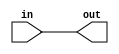
//------------------------------------------------------------------------------
// interface
//------------------------------------------------------------------------------

//------------------------------------------------------------------------------
// LCEL
//------------------------------------------------------------------------------

module myLCEL (in, out);
	input in;
	output out;
	buf ibuf(out, in);
endmodule

//------------------------------------------------------------------------------
// MUX 61x6
//------------------------------------------------------------------------------

module myMUX_16_6 ( select, in0, in1, in2, in3, in4, in5, in6, in7, in8, in9, in10, in11, in12, in13, in14, in15, out );

	input  [3:0]   select;
	input  [6:0]   in0,	 in1,  in2,  in3;
	input  [6:0]   in4,  in5,  in6,  in7;
	input  [6:0]   in8,  in9,  in10, in11;
	input  [6:0]   in12, in13, in14, in15;
	output [6:0]   out;

	reg	[6:0] rout;
	assign out = rout;

always @ (select or in0 or in1 or in2 or in3 or in4 or in5 or in6 or in7 or in8 or in9 or in10 or in11 or in12 or in13 or in14 or in15)
begin
	case (select)
	4'b0000 : 		rout <=  in0;
	4'b0001 : 		rout <=  in1;
	4'b0010 : 		rout <=  in2;
	4'b0011 : 		rout <=  in3;
	4'b0100 : 		rout <=  in4;
	4'b0101 : 		rout <=  in5;
	4'b0110 : 		rout <=  in6;
	4'b0111 : 		rout <=  in7;					
	4'b1000 :		rout <=  in8;
	4'b1001 : 		rout <=  in9;
	4'b1010 : 		rout <=  in10;
	4'b1011 : 		rout <=  in11;
	4'b1100 : 		rout <=  in12;
	4'b1101 : 		rout <=  in13;
	4'b1110 : 		rout <=  in14;
	4'b1111 : 		rout <=  in15;
	default:		rout <=  1'bX;
	endcase
end
endmodule

//------------------------------------------------------------------------------
// MUX 61x1
//------------------------------------------------------------------------------

module myMUX_16_1(select, in, out);
	input [3:0]  select;
	input [15:0] in;
	output 		 out;

	reg	rout;
	assign out = rout;

always @ (select or in)
begin
	case (select)
	4'b0000 : 		rout <=  in[15];
	4'b0001 : 		rout <=  in[14];
	4'b0010 : 		rout <=  in[13];
	4'b0011 : 		rout <=  in[12];
	4'b0100 : 		rout <=  in[11];
	4'b0101 : 		rout <=  in[10];
	4'b0110 : 		rout <=  in[ 9];
	4'b0111 : 		rout <=  in[ 8];					
	4'b1000 :		rout <=  in[ 7];
	4'b1001 : 		rout <=  in[ 6];
	4'b1010 : 		rout <=  in[ 5];
	4'b1011 : 		rout <=  in[ 4];
	4'b1100 : 		rout <=  in[ 3];
	4'b1101 : 		rout <=  in[ 2];
	4'b1110 : 		rout <=  in[ 1];
	4'b1111 : 		rout <=  in[ 0];
	default:		rout <=  1'bX;
	endcase
end
endmodule

//------------------------------------------------------------------------------
// Reversive counter
//------------------------------------------------------------------------------

module myREVCOUNTER( clk, clrn, ena, plus, q );

	parameter WIDTH = 7;

	input	clk;				// clock signal
	input	clrn;				// reset to zero
	input	ena;				// enable counter
	input	plus;				// increase counter

	output	[WIDTH-1:0] q;		// result of counter

	reg	[WIDTH-1:0] cnt;

always @ (posedge clk or negedge clrn) 
begin
	if(~clrn)
		cnt <= 0;
	else if (ena)
		if(plus)
			cnt	<= cnt + 1;
		else
			cnt	<= cnt - 1; 
end

assign	q = cnt;
endmodule

//------------------------------------------------------------------------------
// Fronts extractor
//------------------------------------------------------------------------------

module myFRONTEXTRACTOR (clk, clrn, ena, in, out);

	input	clk;				// clock signal
	input	clrn;				// reset to zero
	input	ena;				// enable counter
	input	in;					// data input
	output	out;				// front output

	reg		[1:0] rise;

always @ (posedge clk or negedge clrn) 
begin
	if(~clrn)
		rise <= 0;
	else if (ena)
		rise <= {rise[0], in};
end

assign out	= rise[1] ^ rise[0];

endmodule

//------------------------------------------------------------------------------
// My non standart trigger
//------------------------------------------------------------------------------

module myDFFE2 (clk, reset, enaA, dataA, enaB, dataB, q);

	input	clk;			// clock
	input	reset;			// reset
	input	enaA;			// enable one
	input	dataA;			// data one
	input	enaB;			// enable two
	input	dataB;			// data two
	output	q;				// result

	reg		mt;				// trigger

always @ (posedge clk or posedge reset) 
begin
	if (reset)
		mt <= 0;
	else if(enaA)
		mt <= dataA;
	else if(enaB)
		mt <= dataB;
end
assign	q = mt;

endmodule

//------------------------------------------------------------------------------
// My non standart trigger
//------------------------------------------------------------------------------

module myDFFE (clk, reset, enaA, dataA, q);

	input	clk;			// clock
	input	reset;			// reset
	input	enaA;			// enable one
	input	dataA;			// data one
	output	q;				// result

	reg		mt;				// trigger

always @ (posedge clk or posedge reset) 
begin
	if (reset)
		mt <= 0;
	else if(enaA)
		mt <= dataA;
end
assign	q = mt;

endmodule

//------------------------------------------------------------------------------
// My non standart trigger
//------------------------------------------------------------------------------

module myDFF (clk, reset, dataA, q);

	input	clk;			// clock
	input	reset;			// reset
	input	dataA;			// data one
	output	q;				// result

	reg		mt;				// trigger

always @ (posedge clk or posedge reset) 
begin
	if (reset)
		mt <= 0;
	else 
		mt <= dataA;
end
assign	q = mt;

endmodule

//------------------------------------------------------------------------------
// My non standart register
//------------------------------------------------------------------------------

module my4BREG (clk, reset, enaA, dataA, q);

	parameter WIDTH=4;

	input	clk;				// clock
	input	reset;				// reset
	input	enaA;				// enable one
	input	[WIDTH-1:0] dataA;	// data one
	output	[WIDTH-1:0] q;		// result

	reg		[WIDTH-1:0] mt;		// trigger

always @ (posedge clk or posedge reset) 
begin
	if (reset)
		mt <= 0;
	else if(enaA)
		mt <= dataA;
end
assign	q = mt;

endmodule

//------------------------------------------------------------------------------
// My non standart noice generator
//------------------------------------------------------------------------------

module myNOISE (clk, reset, enaA, q);

	parameter WIDTH=16;

	input	clk;				// clock
	input	reset;				// reset
	input	enaA;				// enable one
	output	[WIDTH-1:0] q;		// result

	reg		[WIDTH-1:0] mt;		// trigger

always @ (posedge clk or posedge reset) 
begin
	if (reset)
		mt <= 0;
	else if(enaA)
		mt <= {mt[14:0], ((mt[1] ~^ mt[2]) ~^ (mt[15] ~^ mt[4]))};
end
assign	q = mt;

endmodule

//------------------------------------------------------------------------------
// My non standart counter
//------------------------------------------------------------------------------

module my4COUNTER (clk, reset, ena, set, data, q);

	parameter WIDTH=4;

	input	clk;				// clock
	input	reset;				// reset
	input	ena;				// increnment
	input	set;				// enable one
	input	[WIDTH-1:0] data;	// result
	output	[WIDTH-1:0] q;		// result

	reg		[WIDTH-1:0] counter;// trigger

always @ (posedge clk or posedge reset) 
begin
	if(reset)
		counter <= 0;
	else if(set)
		counter <= data;
	else if(ena)
		counter <= counter + 1;
end

assign q = counter;

endmodule

//------------------------------------------------------------------------------
// My non standart counter
//------------------------------------------------------------------------------

module my16COUNTER (clk, reset, ena, set, data, q);

	parameter WIDTH=16;

	input	clk;				// clock
	input	reset;				// reset
	input	ena;				// increnment
	input	set;				// enable one
	input	[WIDTH-1:0] data;	// result
	output	[WIDTH-1:0] q;		// result

	reg		[WIDTH-1:0] counter;// trigger

always @ (posedge clk or posedge reset) 
begin
	if(reset)
		counter <= 16'hFFFF;
	else if(set)
		counter <= data;
	else if(ena)
		counter <= counter + 1;
end

assign q = counter;

endmodule